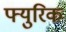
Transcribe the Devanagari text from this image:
फ्युरिक